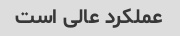
عملکرد عالی است